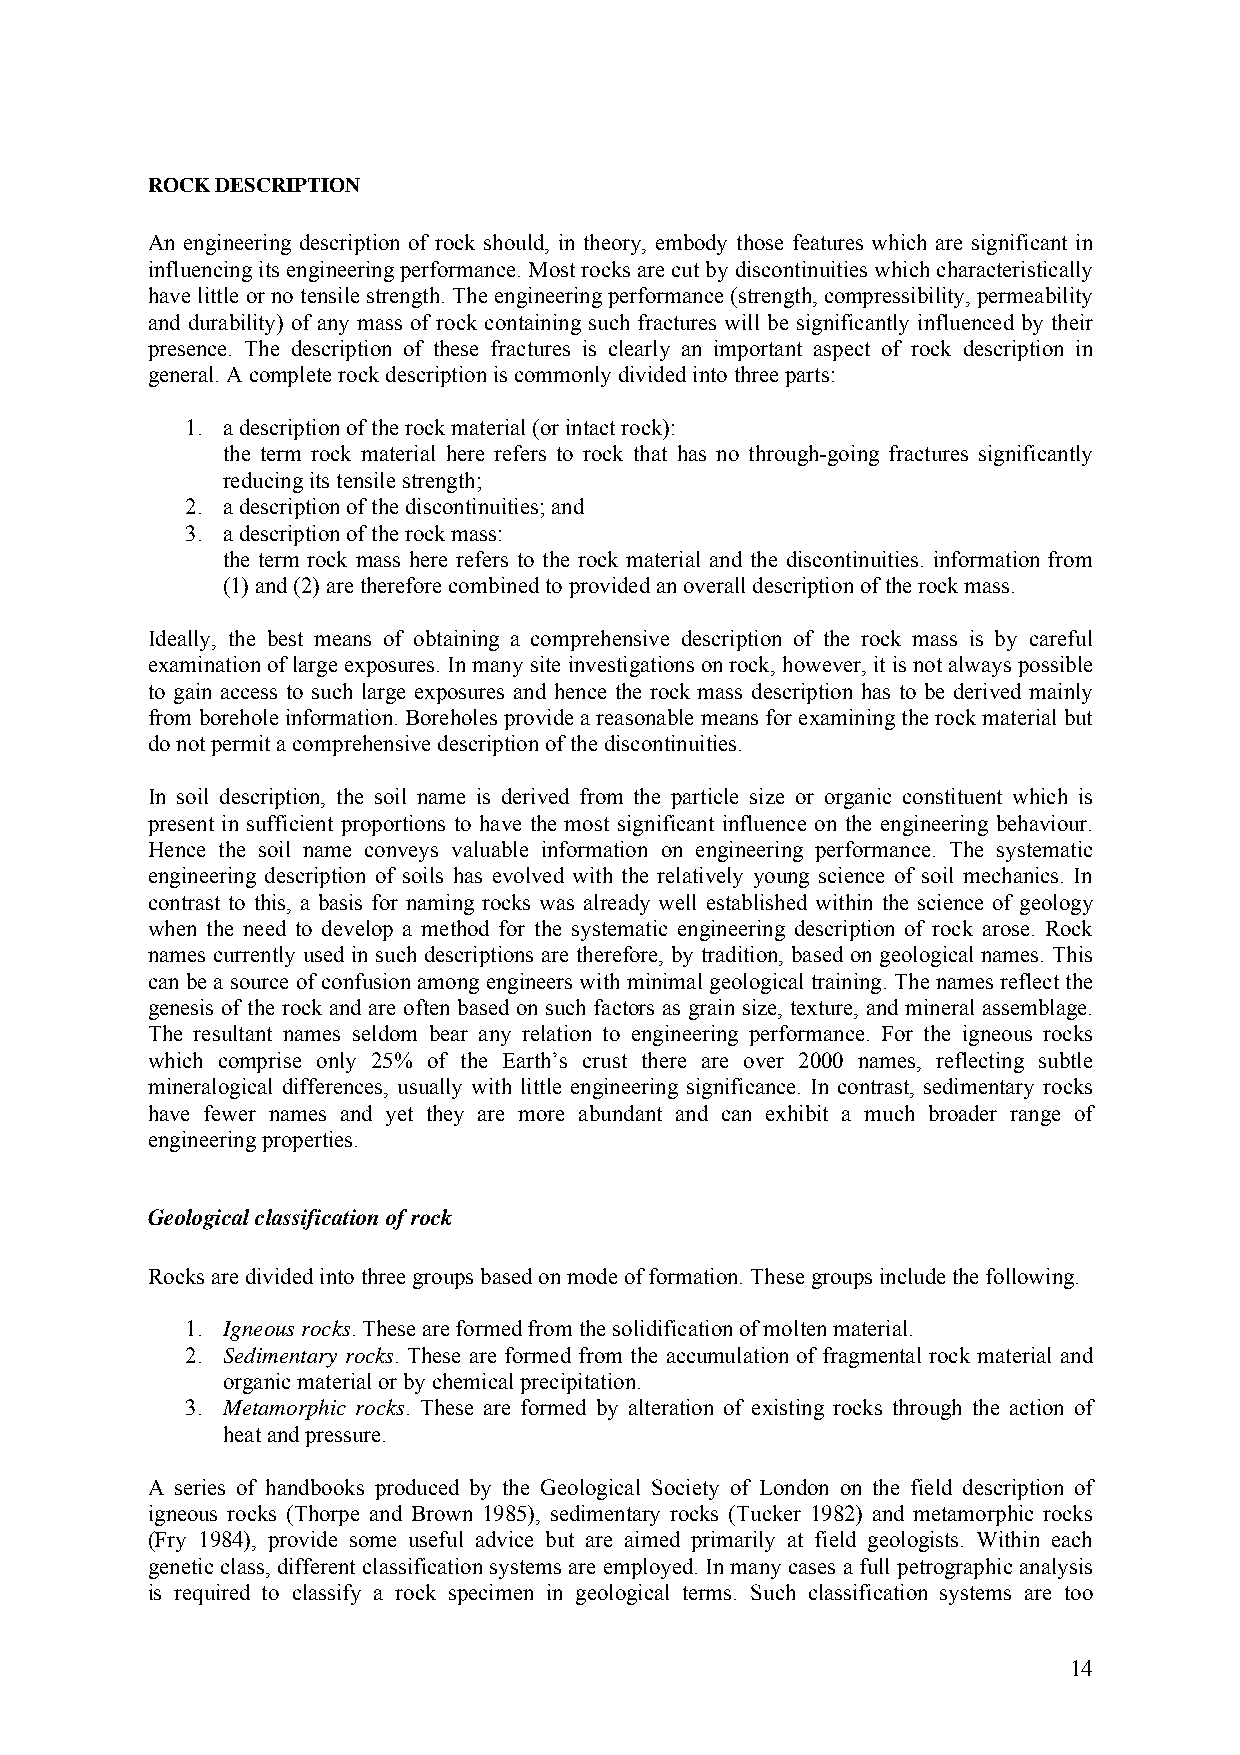
ROCK DESCRIPTION
 An engineering description of rock should, in theory, embody those features which are significant in
 influencing its engineering performance. Most rocks are cut by discontinuities which characteristically
 have little or no tensile strength. The engineering performance (strength, compressibility, permeability
 and durability) of any mass of rock containing such fractures will be significantly influenced by their
 presence. The description of these fractures is clearly an important aspect of rock description in
 general. A complete rock description is commonly divided into three parts:
 1. a description of the rock material (or intact rock):
 the term rock material here refers to rock that has no through-going fractures significantly
 reducing its tensile strength;
 2. a description of the discontinuities; and
 3. a description of the rock mass:
 the term rock mass here refers to the rock material and the discontinuities. information from
 (1) and (2) are therefore combined to provided an overall description of the rock mass.
 Ideally, the best means of obtaining a comprehensive description of the rock mass is by careful
 examination of large exposures. In many site investigations on rock, however, it is not always possible
 to gain access to such large exposures and hence the rock mass description has to be derived mainly
 from borehole information. Boreholes provide a reasonable means for examining the rock material but
 do not permit a comprehensive description of the discontinuities.
 In soil description, the soil name is derived from the particle size or organic constituent which is
 present in sufficient proportions to have the most significant influence on the engineering behaviour.
 Hence the soil name conveys valuable information on engineering performance. The systematic
 engineering description of soils has evolved with the relatively young science of soil mechanics. In
 contrast to this, a basis for naming rocks was already well established within the science of geology
 when the need to develop a method for the systematic engineering description of rock arose. Rock
 names currently used in such descriptions are therefore, by tradition, based on geological names. This
 can be a source of confusion among engineers with minimal geological training. The names reflect the
 genesis of the rock and are often based on such factors as grain size, texture, and mineral assemblage.
 The resultant names seldom bear any relation to engineering performance. For the igneous rocks
 which comprise only 25% of the Earth’s crust there are over 2000 names, reflecting subtle
 mineralogical differences, usually with little engineering significance. In contrast, sedimentary rocks
 have fewer names and yet they are more abundant and can exhibit a much broader range of
 engineering properties.
 Geological classification of rock
 Rocks are divided into three groups based on mode of formation. These groups include the following.
 1. Igneous rocks. These are formed from the solidification of molten material.
 2. Sedimentary rocks. These are formed from the accumulation of fragmental rock material and
 organic material or by chemical precipitation.
 3. Metamorphic rocks. These are formed by alteration of existing rocks through the action of
 heat and pressure.
 A series of handbooks produced by the Geological Society of London on the field description of
 igneous rocks (Thorpe and Brown 1985), sedimentary rocks (Tucker 1982) and metamorphic rocks
 (Fry 1984), provide some useful advice but are aimed primarily at field geologists. Within each
 genetic class, different classification systems are employed. In many cases a full petrographic analysis
 is required to classify a rock specimen in geological terms. Such classification systems are too
 14